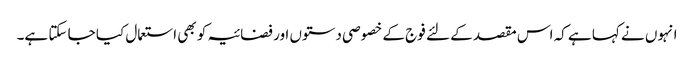
انہوں نے کہا ہے کہ اس مقصد کے لئے فوج کے خصوصی دستوں اور فضائیہ کو بھی استعمال کیا جا سکتا ہے۔